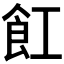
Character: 𮨷